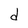
Character: d